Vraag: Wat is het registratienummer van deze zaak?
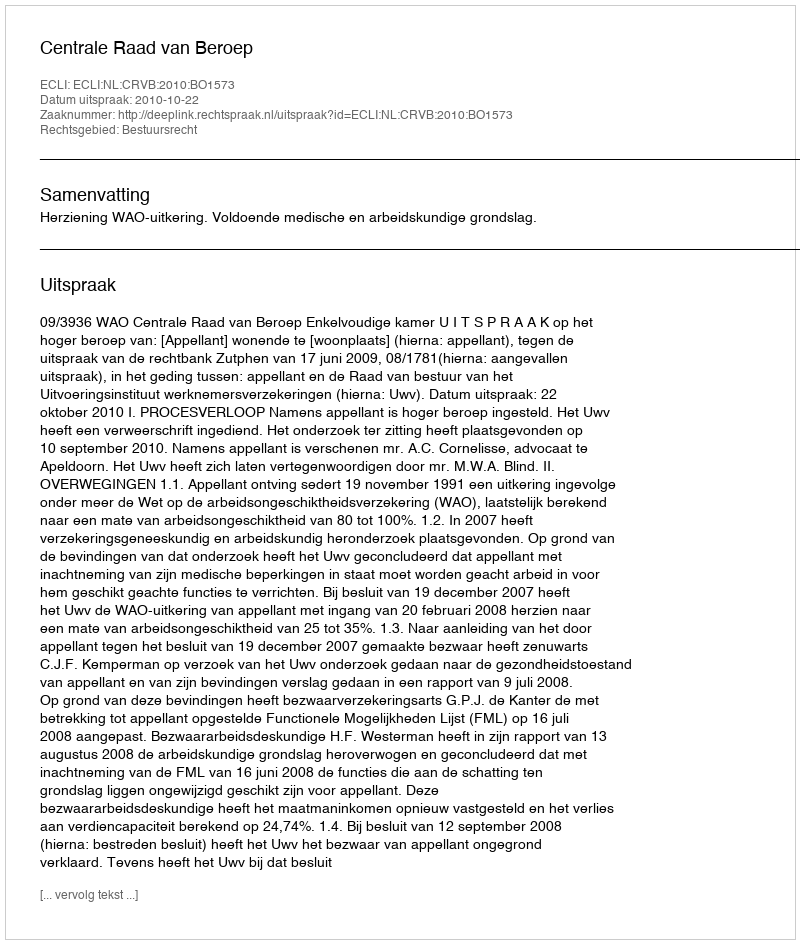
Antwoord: http://deeplink.rechtspraak.nl/uitspraak?id=ECLI:NL:CRVB:2010:BO1573